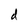
Character: d